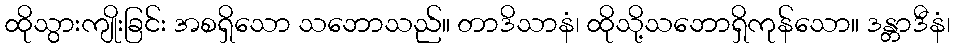
ထိုသွားကျိုးခြင်း အစရှိသော သဘောသည်။ တာဒိသာနံ၊ ထိုသို့သဘောရှိကုန်သော။ ဒန္တာဒီနံ၊